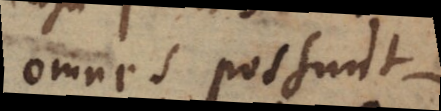
omnes possunt ,